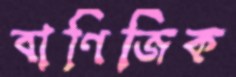
বাণিজিক